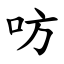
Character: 㕫